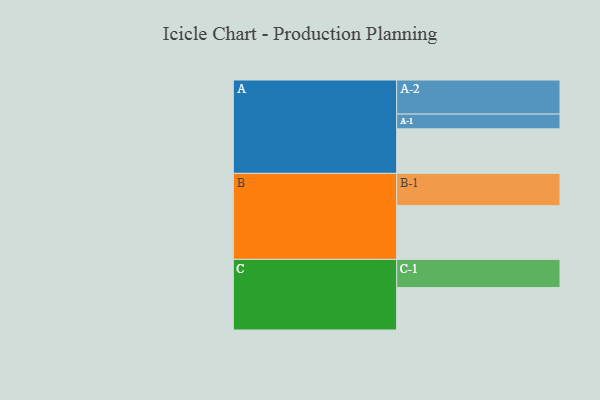
{"axis": {"x": "Segment", "y": "Value"}, "legend": ["", "A", "B", "C"], "data": [{"x": "A", "y": 346, "type": ""}, {"x": "B", "y": 418, "type": ""}, {"x": "C", "y": 330, "type": ""}, {"x": "A-1", "y": 115, "type": "A"}, {"x": "A-2", "y": 265, "type": "A"}, {"x": "B-1", "y": 251, "type": "B"}, {"x": "C-1", "y": 219, "type": "C"}]}